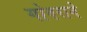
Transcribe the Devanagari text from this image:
गोवराने